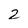
Character: 2